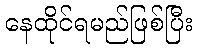
နေထိုင်ရမည်ဖြစ်ပြီး